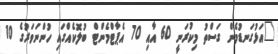
"އަޅުގަނޑުމެން ގަސްތު މިކުރަނީ 60 އާއި 70 އެޕާޓްމެންޓް ބުލޮކެއްގައި ހުންނަވަރުގެ 10